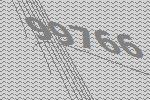
99766